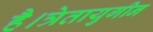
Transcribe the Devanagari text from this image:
है।त्रेतायुगीन